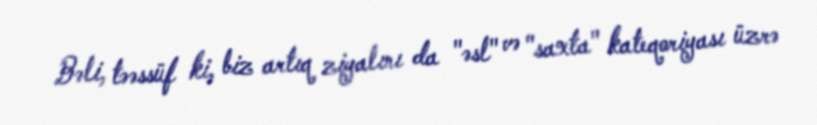
Bəli, təəssüf ki, biz artıq ziyalını da "əsl" və "saxta" kateqoriyası üzrə